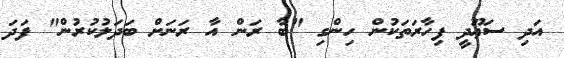
އަދި ސަޢޫދީ ފިހާރަތަކުން ހިންގި "ބާ ރަން އާ ރަނަށް ބަދަލުކުރުން" ފަދަ